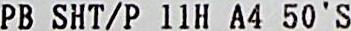
PB SHT/P 11H A4 50'S